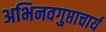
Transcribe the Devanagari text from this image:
अभिनवगुप्ताचार्य